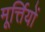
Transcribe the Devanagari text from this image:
मूर्त्तियों